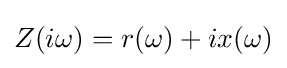
Z(i\omega )=r(\omega )+ix(\omega )